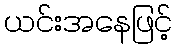
ယင်းအနေဖြင့်